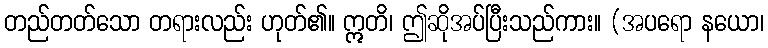
တည်တတ်သော တရားလည်း ဟုတ်၏။ ဣတိ၊ ဤဆိုအပ်ပြီးသည်ကား။ (အပရော နယော၊